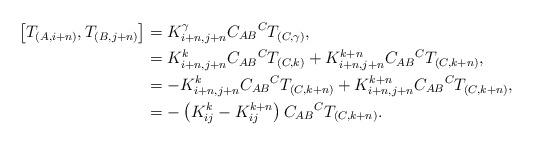
LaTeX: \begin{align*}\left[ T_{(A,i+n)},T_{(B,j+n)}\right] & =K_{i+n,j+n}^{\gamma}C_{AB}{}^{C}T_{(C,\gamma)},\\& =K_{i+n,j+n}^{k}C_{AB}{}^{C}T_{(C,k)}+K_{i+n,j+n}^{k+n}C_{AB}{}^{C}T_{(C,k+n)},\\& =-K_{i+n,j+n}^{k}C_{AB}{}^{C}T_{(C,k+n)}+K_{i+n,j+n}^{k+n}C_{AB}{}^{C}T_{(C,k+n)},\\& =-\left( K_{ij}^{k}-K_{ij}^{k+n}\right) C_{AB}{}^{C}T_{(C,k+n)}.\end{align*}